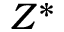
Z ^ { * }